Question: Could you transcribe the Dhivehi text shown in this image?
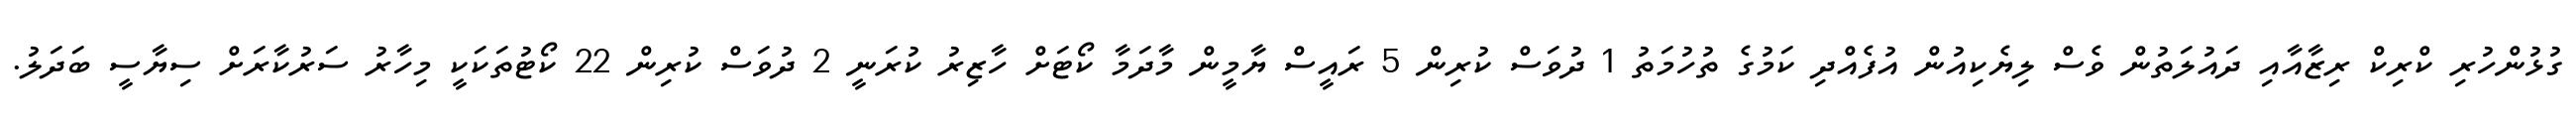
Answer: ގުޅުންހުރި ކްރިކް ރިޒާއާއި ދައުލަތުން ވެސް ލިޔެކިއުން އުފެއްދި ކަމުގެ ތުހުމަތު 1 ދުވަސް ކުރިން 5 ރައީސް ޔާމީން މާދަމާ ކޯޓަށް ހާޒިރު ކުރަނީ 2 ދުވަސް ކުރިން 22 ކޯޓުތަކަކީ މިހާރު ސަރުކާރަށް ސިޔާސީ ބަދަލު.